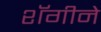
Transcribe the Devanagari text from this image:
शॅगीने